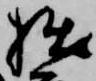
拙